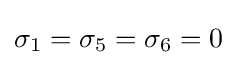
\sigma _{1}=\sigma _{5}=\sigma _{6}=0